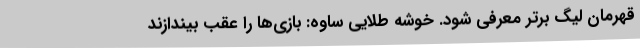
قهرمان لیگ برتر معرفی شود. خوشه طلایی ساوه: بازی‌ها را عقب بیندازند